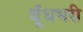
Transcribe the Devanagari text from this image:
धूँधभरी